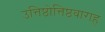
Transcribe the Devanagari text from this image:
उत्तिष्ठोत्तिष्ठवाराह